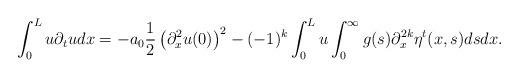
LaTeX: \begin{align*}\int_{0}^{L} u \partial_{t} u d x=-a_{0} \frac{1}{2}\left(\partial_{x}^{2} u(0)\right)^{2}-(-1)^{k} \int_{0}^{L} u \int_{0}^{\infty} g(s) \partial_{x}^{2 k} \eta^{t}(x, s) d s d x.\end{align*}